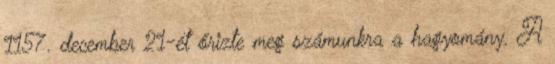
1157. december 21-ét őrizte meg számunkra a hagyomány. A